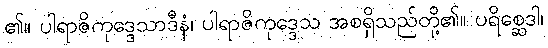
၏။ ပါရာဇိကုဒ္ဒေသာဒီနံ၊ ပါရာဇိကုဒ္ဒေသ အစရှိသည်တို့၏။ ပရိစ္ဆေဒါ၊